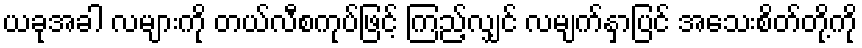
ယခုအခါ လများကို တယ်လီစကုပ်ဖြင့် ကြည့်လျှင် လမျက်နှာပြင် အသေးစိတ်တို့ကို